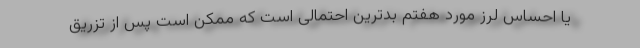
یا احساس لرز مورد هفتم بدترین احتمالی است که ممکن است پس از تزریق